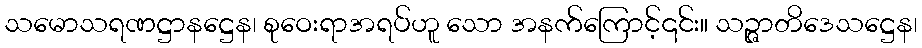
သမောသရဏဋ္ဌာနဋ္ဌေန၊ စုဝေးရာအရပ်ဟူ သော အနက်ကြောင့်၎င်း။ သဉ္ဇာတိဒေသဋ္ဌေန၊